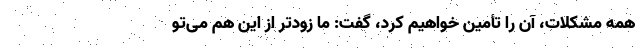
همه مشکلات، آن را تأمین خواهیم کرد، گفت: ما زودتر از این هم می‌تو